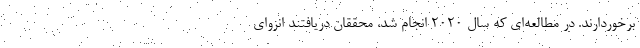
برخوردارند. در مطالعه‌ای که سال ۲۰۲۰ انجام شد، محققان دریافتند انزوای